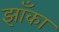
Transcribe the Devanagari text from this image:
झाँका